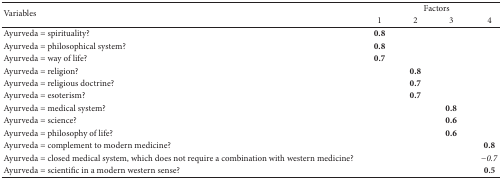
<table><thead><tr><td rowspan="2"><b>Variables</b></td><td colspan="4"><b>Factors</b></td></tr><tr><td><b>1</b></td><td><b>2</b></td><td><b>3</b></td><td><b>4</b></td></tr></thead><tbody><tr><td>Ayurveda = spirituality?</td><td><b>0.8</b></td><td>[EMPTY_CELL]</td><td>[EMPTY_CELL]</td><td>[EMPTY_CELL]</td></tr><tr><td>Ayurveda = philosophical system?</td><td><b>0.8</b></td><td>[EMPTY_CELL]</td><td>[EMPTY_CELL]</td><td>[EMPTY_CELL]</td></tr><tr><td>Ayurveda = way of life?</td><td><b>0.7</b></td><td>[EMPTY_CELL]</td><td>[EMPTY_CELL]</td><td>[EMPTY_CELL]</td></tr><tr><td>Ayurveda = religion?</td><td>[EMPTY_CELL]</td><td><b>0.8</b></td><td>[EMPTY_CELL]</td><td>[EMPTY_CELL]</td></tr><tr><td>Ayurveda = religious doctrine?</td><td>[EMPTY_CELL]</td><td><b>0.7</b></td><td>[EMPTY_CELL]</td><td>[EMPTY_CELL]</td></tr><tr><td>Ayurveda = esoterism?</td><td>[EMPTY_CELL]</td><td><b>0.7</b></td><td>[EMPTY_CELL]</td><td>[EMPTY_CELL]</td></tr><tr><td>Ayurveda = medical system?</td><td>[EMPTY_CELL]</td><td>[EMPTY_CELL]</td><td><b>0.8</b></td><td>[EMPTY_CELL]</td></tr><tr><td>Ayurveda = science?</td><td>[EMPTY_CELL]</td><td>[EMPTY_CELL]</td><td><b>0.6</b></td><td>[EMPTY_CELL]</td></tr><tr><td>Ayurveda = philosophy of life?</td><td>[EMPTY_CELL]</td><td>[EMPTY_CELL]</td><td><b>0.6</b></td><td>[EMPTY_CELL]</td></tr><tr><td>Ayurveda = complement to modern medicine?</td><td>[EMPTY_CELL]</td><td>[EMPTY_CELL]</td><td>[EMPTY_CELL]</td><td><b>0.8</b></td></tr><tr><td>Ayurveda = closed medical system, which does not require a combination with western medicine?</td><td>[EMPTY_CELL]</td><td>[EMPTY_CELL]</td><td>[EMPTY_CELL]</td><td><i>−0.7 </i></td></tr><tr><td>Ayurveda = scientific in a modern western sense?</td><td>[EMPTY_CELL]</td><td>[EMPTY_CELL]</td><td>[EMPTY_CELL]</td><td><b>0.5</b></td></tr></tbody></table>